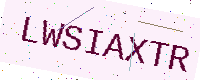
Text: LWSIAXTR